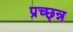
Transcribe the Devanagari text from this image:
प्रच्छ्न्न